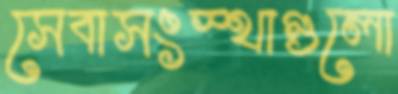
সেবাসংস্থাগুলো